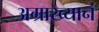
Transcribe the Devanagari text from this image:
अग्राख्यानं